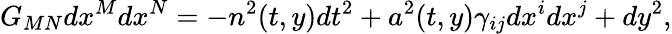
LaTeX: G_{MN}dx^{M}dx^{N}=-n^{2}(t,y)dt^{2}+a^{2}(t,y)\gamma_{ij}dx^{i}dx^{j}+dy^{2},